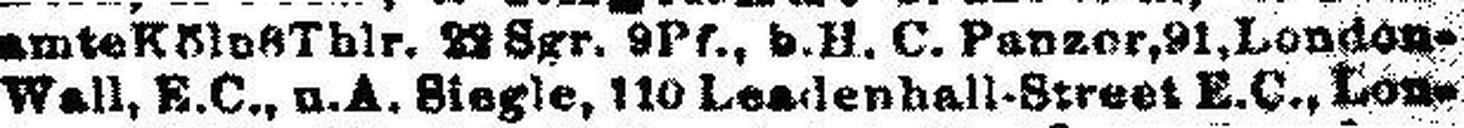
Wall, B. C., u. A. Siegle, 110 Lendenhall-Street E. C., Lon¬